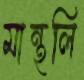
মান্থলি